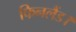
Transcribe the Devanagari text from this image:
फिनलैंड।